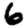
Digit: 6